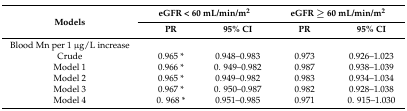
<table><thead><tr><td rowspan="2"><b>Models</b></td><td colspan="2"><b>eGFR &lt; 60 mL/min/m<sup>2</sup></b></td><td colspan="2"><b>eGFR ≥ 60 mL/min/m<sup>2</sup></b></td></tr><tr><td><b>PR</b></td><td><b>95% CI</b></td><td><b>PR</b></td><td><b>95% CI</b></td></tr></thead><tbody><tr><td>Blood Mn per 1 μg/L increase</td><td></td><td></td><td></td><td></td></tr><tr><td>Crude</td><td>0.965 *</td><td>0.948–0.983</td><td>0.973</td><td>0.926–1.023</td></tr><tr><td>Model 1</td><td>0.966 *</td><td>0. 949–0.982</td><td>0.987</td><td>0.938–1.039</td></tr><tr><td>Model 2</td><td>0.965 *</td><td>0.949–0.982</td><td>0.983</td><td>0.934–1.034</td></tr><tr><td>Model 3</td><td>0.967 *</td><td>0. 950–0.987</td><td>0.982</td><td>0.928–1.038</td></tr><tr><td>Model 4</td><td>0. 968 *</td><td>0.951–0.985</td><td>0.971</td><td>0. 915–1.030</td></tr></tbody></table>